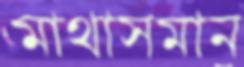
মাথাসমান